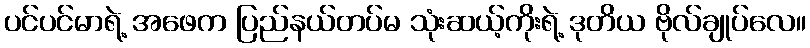
ပင်ပင်မာရဲ့ အဖေက ပြည်နယ်တပ်မ သုံးဆယ့်ကိုးရဲ့ ဒုတိယ ဗိုလ်ချုပ်လေ။